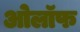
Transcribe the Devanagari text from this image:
ओलॉफ